Lunatic asylums Punjab 1881-1894 - 1881-1894
Year: 1881
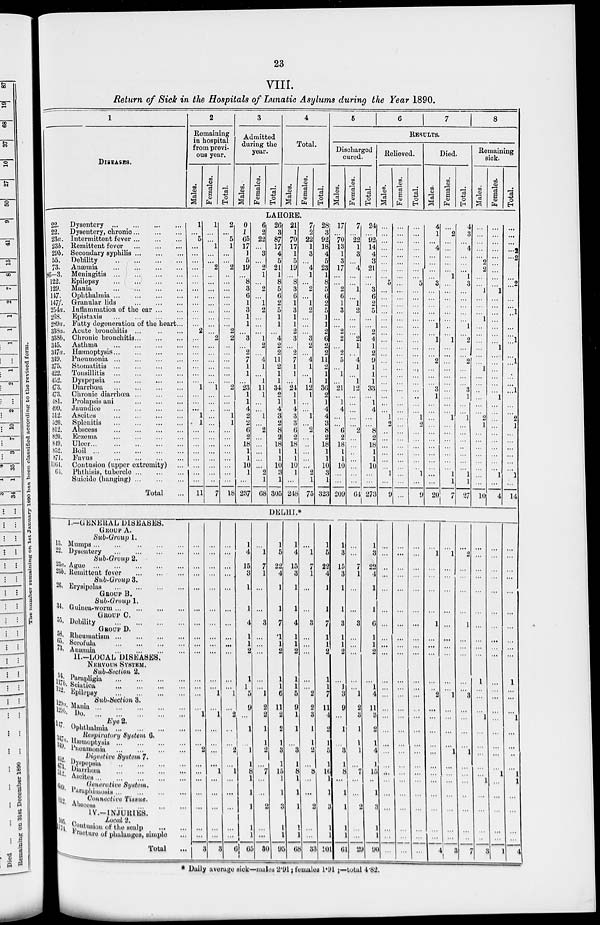
23
VIII.
Return of Sick in the Hospitals of Lunatic Asylums during the Year 1890.
1
DISEASES.
22.
22.
23a.
23b.
29b.
55.
73.
86—3.
122.
129.
147.
147f.
254a.
268.
289a.
338a.
338b.
345.
347a.
349.
375.
422.
452.
473.
473.
481.
499.
512.
520.
812.
820.
849.
852.
871.
1164.
64.
GROUP
13.
22.
23a.
23b.
26.
34.
55.
58.
65.
73.
94
117b.
122
129 a.
129 b
147.
317 a.
319.
452.
473. 512.
609.
812.
105.
174 .
Dysentery ... ... ... ...
Dysentery, chronic ... ... ...
Intermittent fever
Remittent fever
...
...
...
Secondary syphilis
Debility
Anæmia
Meningitis ...
Epilepsy
Mania
Ophthalmia
Granular lids
Inflammation of the ear
Epistaxis ... ... ... ...
Fatty degeneration of the heart...
Acute bronchitis ...
...
...
Chronic bronchitis
Asthma ... ... ... ...
Hæmoptysis
...
...
...
...
Pneumonia
Stomatitis
Tonsillitis
Dyspepsia
Diarrhœa
Chronic diarrhœa ... ... ... ...
Prolapsis ani
Jaundice
Ascites
...
...
...
...
Splenitis
...
...
...
...
Abscess
Eczema
...
...
...
...
Ulcer
...
...
...
...
Boil
Favus ... ... ... ...
Contusion (upper extremity) ...
Phthisis, tubercle ... ... ...
Suicide (hanging)
Total ...
1.––GENERAL DISEASES.
GROUP
A.
Sub-Group 1.
Mumps
...
...
...
...
...
Dysentery
...
...
...
...
Sub-Group 2.
Ague
...
...
...
...
...
Remittent fever ... ... ...
Sub-Group 3.
Erysipelas
...
....
...
...
GROUP B.
Sub-Group 1.
Guinea-worm
...
...
...
..
GROUP C.
Debility ... ... ... ...
GROUP D.
Rheumatism
...
...
...
...
Serofula
...
...
...
...
Anæmia
...
...
...
...
11.––LOCAL DISEASES.
NERVOUS SYSTEM.
Sub-Suction 2.
Parapligia
...
...
...
...
Sciatica ... ... ... ...
Epilepsy ... ... ... ...
Sub-Section 3.
Mania ... ... ... ... ...
Do ... ... ... ... ...
Eye 2 .
Ophthalmia ... ... ... ...
Respiratory System 6.
Hæmoptysis ... ... ... ...
Pneumonia ... ... ... ....
Digestive System 7
Dyspepsia ... ... ... ...
Diarrhœa ... ... ... ...
Ascites
...
...
...
...
Generative
System.
Paraphimosis
...
...
...
...
Connective Tissue.
Abscess
...
...
...
...
IV.–– INJURIES.
Local
2.
Contusion of the scalp
Fracture of phalanges, simple ...
Total ...
2
Remaining
in hospital
from previ-
ous year.
Males.
Females.
Total.
3
Admitted
during the
year.
Males.
Females.
Total.
4
Total.
Males.
Females.
Total.
5
6
7
8
RESULTS.
Discharged
cured.
Males.
Females.
Total.
Relieved.
Males.
Females.
Total.
Died.
Males.
Females.
Total.
Remaining
sick.
Males.
Females.
Total.
LAHORE.
1
...
5
...
...
...
...
...
...
...
...
...
...
...
...
2
...
...
...
...
...
...
...
1
...
...
...
1
1
...
...
...
...
...
...
...
...
11
1
...
...
1
...
...
2
...
...
...
...
...
...
...
...
...
2
...
...
...
...
...
...
1
...
...
...
...
...
...
...
...
...
...
...
...
...
7
2
...
5
1
...
...
2
..
...
...
...
...
...
...
...
2
2
...
...
...
...
...
...
2
...
...
...
1
1
...
...
...
...
...
...
...
...
18
20
1
65
17
1
5
19
...
8
3
6
1
3
1
1
...
3
...
2
7
1
1
...
23
1
1
4
2
2
6
2
18
1
1
10
1
...
237
6
2
22
...
3
...
2
1
...
2
...
1
2
...
...
...
1
2
...
4
1
...
1
11
1
...
...
1
...
2
...
...
...
2
1
68
26
3
87
17
4
5
21
1
8
5
6
2
5
1
1
...
4
2
2
11
2
1
1
34
2
1
4
3
2
8
2
18
1
1
10
3
1
305
21
1
70
17
1
5
19
...
8
3
6
1
3
1
1
2
3
...
2
7
1
1
...
24
1
1
4
3
3
6
2
18
1
1
10
1
...
248
7
2
22
1
3
...
4
1
...
2
...
1
2
...
...
...
3
2
...
4
1
...
1
12
1
...
...
1
...
2
...
..
...
...
...
2
1
75
28
3
92
18
4
5
23
1
8
5
6
2
5
1
1
2
6
2
2
11
2
1
1
36
2
1
4
4
3
8
2
18
1
1
10
3
1
323
17
...
70
13
1
3
17
...
...
2
6
1
3
...
...
2
2
...
2
5
...
1
...
21
...
1
4
...
...
6
2
18
1
1
10
...
...
209
7
...
22
1
3
...
4
...
...
1
...
1
2
...
...
2
1
...
4
1
...
1
12
...
...
...
...
...
2
...
...
...
...
...
...
...
64
24
...
92
14
4
3
21
...
...
3
6
2
5
...
...
2
4
1
2
9
1
1
1
33
...
1
4
...
8
2
18
1
1
10
...
...
273
...
...
...
...
...
...
...
...
5
...
...
...
...
...
...
...
...
...
...
...
...
...
...
...
...
...
...
1
2
...
...
...
...
...
...
1
...
9
...
...
...
...
...
...
...
...
...
...
...
...
...
...
...
...
...
...
...
...
...
...
...
...
...
...
...
...
...
...
...
...
...
...
. ..
...
...
...
...
...
...
...
...
...
...
...
5
...
...
...
...
...
...
...
...
...
...
...
...
...
...
...
...
...
...
1
2
...
...
...
...
...
...
1
...
9
4
1
...
4
...
...
...
...
3
...
....
...
...
...
1
...
1
...
...
2
...
...
...
3
1
...
...
...
...
...
...
...
...
...
...
...
...
20
...
2
...
...
...
...
...
1
...
...
...
...
...
...
...
1
...
...
...
...
...
...
...
...
...
...
1
...
...
...
...
...
...
...
1
1
7
4
3
...
4
...
...
...
1
3
...
...
...
...
...
1
...
2
...
...
2
...
...
...
3
1
...
...
1
...
...
...
...
...
...
...
1
1
27
...
...
...
...
...
2
2
...
...
1
...
...
...
1
...
...
...
...
...
...
1
...
...
...
...
...
...
2
1
...
...
...
...
...
...
...
...
10
...
...
...
...
...
...
...
...
...
1
...
...
...
...
...
...
...
1
...
...
...
...
...
...
1
...
...
...
...
...
...
...
...
...
...
1
...
4
...
...
...
...
...
2
2
...
...
2
...
...
...
1
...
...
...
1
...
...
1
...
...
...
1
...
...
2
1
...
...
...
...
...
...
1
...
14
DELHI.*
...
...
...
...
...
...
...
...
...
...
...
...
...
...
1
...
...
2
...
...
...
...
...
...
...
3
...
...
...
...
...
...
...
...
...
...
...
...
1
...
1
...
...
...
...
1
...
...
...
...
...
3
...
...
...
...
...
...
...
...
...
...
...
...
1
...
2
...
...
2
...
1
...
...
...
...
...
6
1
4
15
3
1
1
4
1
1
2
1
1
5
9
...
1
... 1
1
8
1
1
1
1
1
65
...
1
7
1
...
...
3
...
...
...
...
...
1
2
2
1
1
2
...
7
...
...
2
...
...
30
1
5
22
4
1
1
7
1
1
2
1
1
6
11
2
2
1
3
1
15
1
1
3
1 1
95
1
4
15
3
1
1
4
1
1
2
1
1
5
9
1
1
...
3
1
8
1
1
1
1
1
68
...
1
7
1
...
...
3
...
...
...
...
...
2
2
3
1
1
2
...
8
...
...
2
...
...
33
1
5
22
4
1
1
7
1
1
2
1
1
1
11
4
2
1
5
1
16
1
1
3
1
1
101
1
3
15
3
1
1
3
1
1
2
...
1
3
9
...
1
...
3
1
8
...
1
1
1
1
61
...
...
7
1
...
...
3
...
...
...
...
...
1
2
3
1
1
1
...
7
...
...
2
...
...
29
1
3
22
4
1
1
6
1
1
2
...
1
4
11
3
2
1
4
1
15
...
1
3
1
1
90
...
...
...
...
...
...
...
...
...
...
...
...
...
...
...
...
...
...
...
...
...
...
...
...
...
...
...
...
...
...
...
...
...
...
...
...
...
...
...
...
...
...
...
...
...
...
...
...
...
...
...
...
...
...
...
...
...
...
...
...
...
...
...
...
...
...
...
...
...
...
...
...
...
...
...
...
...
...
1
...
...
...
...
1
...
...
...
...
...
2
...
...
...
...
...
...
...
...
...
...
...
...
4
...
1
...
...
...
...
...
...
...
...
...
...
l
...
...
...
...
1
...
...
...
...
...
...
...
3
...
2
...
...
...
...
1
...
...
......
...
...
3
...
...
...
...
1
...
...
...
...
...
...
...
7
...
...
...
...
...
...
...
...
...
...
1
...
...
...
...
...
...
...
...
...
1
...
...
...
...
3
...
...
...
...
...
...
...
...
...
...
...
...
...
...
...
...
...
...
...
1
...
...
...
...
...
1
...
...
...
...
...
...
...
...
...
...
1
...
...
...
1
...
...
...
...
1
1
...
...
...
...
4
* Daily average sick—males 2.91 ; females 1.91 ;—total 4.82.